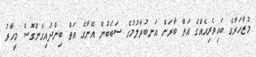
މުޒާހަރާގެ ބައިވެރިއެއްގެ އަތް ބާރަށް އަނބުރާލުމުގެ ސަބަބުން އޭނާގެ އަތް ބިންދައިގެންގޮސް މީހާރު